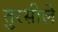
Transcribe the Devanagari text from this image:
तुरसीले